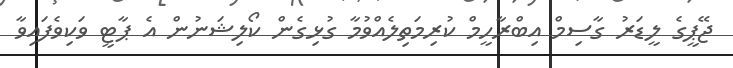
ޖޭޕީގެ ލީޑަރު ގާސިމް އިބްރާހީމް ކުރިމަތިލެއްވުމާ ގުޅިގެން ކޯލިޝަނުން އެ ޕާޓީ ވަކިވެފައިވާ